Mental hospitals Bombay report 1929-33 - 1929-1933
Year: 1929
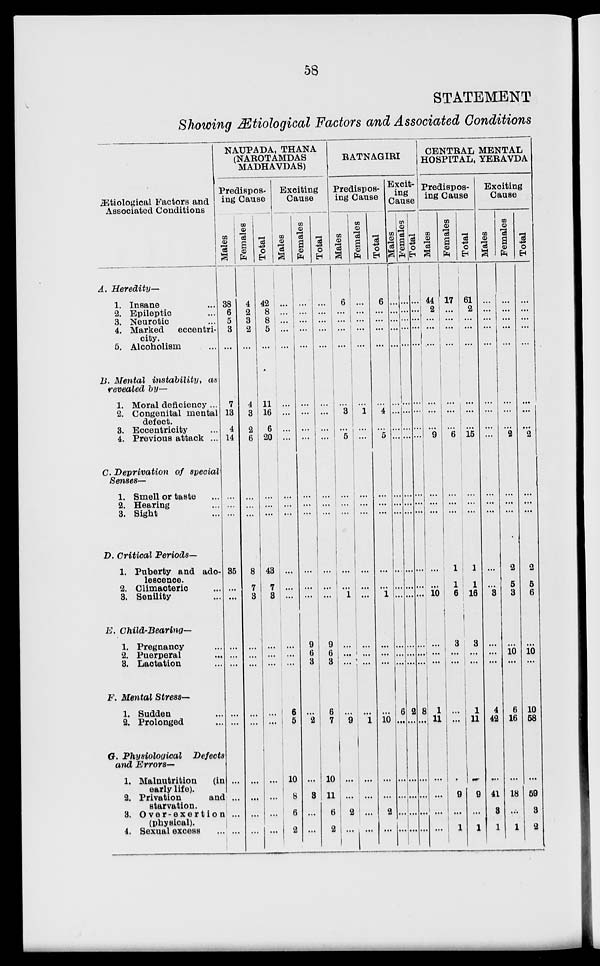
58
STATEMENT
Showing Ætiological Factors and Associated Conditions
Ætiological Factors and
Associated Conditions
A.
B.
C.
D.
E.
F.
G.
Heredity—
1. Insane ...
2. Epileptic ...
3. Neurotic ...
4. Marked
eccentri-
city.
5. Alcoholism ...
Mental instability,
as
revealed by—
1. Moral deficiency ...
2. Congenital mental
defect.
3. Eccentricity ...
4. Previous attack ...
Deprivation
of special
Senses—
1. Smell or taste ...
2. Hearing ...
3. Sight ...
Critical
Periods—
1. Puberty and ado-
lescence.
2. Climacteric ...
3. Senility ...
Child-Bearing—
1. Pregnancy ...
2. Puerperal ...
3. Lactation ...
Mental Stress—
1. Sudden ...
2. Prolonged ...
Physiological
Defects
and Errors—
1. Malnutrition
(in
early life).
2. Privation
and
starvation.
3. Over-exertion
(physical).
4. Sexual excess ...
NAUPADA, THANA
(NAROTAMDAS
MADHAVDAS)
Predispos-
ing Cause
Males
38
6
5
3
...
7
13
4
14
...
...
...
35
...
...
...
...
...
...
...
...
...
...
...
Females
4
2
3
2
...
4
3
2
6
...
...
...
8
7
3
...
...
...
...
...
...
...
...
...
Total
42
8
8
5
...
11
16
6
20
...
...
...
43
7
3
...
...
...
...
...
...
...
...
...
Exciting
Cause
Males
...
...
...
...
...
...
...
...
...
...
...
...
...
...
...
...
...
...
6
5
10
8
6
2
Females
...
...
...
...
...
...
...
...
...
...
...
...
...
...
...
9
6
3
...
2
...
3
...
...
Total
...
...
...
...
...
...
...
...
...
...
...
...
...
...
...
9
6
3
6
7
10
11
6
2
RATNAGIRI
Predispos-
ing Cause
Males
6
...
...
...
...
...
3
...
5
...
...
...
...
...
1
...
...
...
...
9
...
...
2
...
Females
...
...
...
...
...
...
1
...
...
...
...
...
...
...
...
...
...
...
...
1
...
...
...
...
Total
6
...
...
...
...
...
4
...
5
...
...
...
...
...
1
...
...
...
...
10
...
...
2
...
Excit-
ing
Cause
Males
...
...
...
...
...
...
...
...
...
...
...
...
...
...
...
...
...
...
6
...
...
...
...
...
Females
...
...
...
...
...
...
...
...
...
...
...
...
...
...
...
...
...
...
2
...
...
...
...
...
Total
...
...
...
...
...
...
...
...
...
...
...
...
...
...
...
...
...
...
8
...
...
...
...
...
CENTRAL MENTAL
HOSPITAL, YERAVDA
Predispos-
ing Cause
Males
44
2
...
...
...
...
...
...
9
...
...
...
...
...
10
...
...
...
1
11
...
...
...
...
Females
17
...
...
...
...
...
...
...
6
...
...
...
1
1
6
3
...
...
...
...
...
9
...
1
Total
61
2
...
...
...
...
...
...
15
...
...
...
1
1
16
3
...
...
1
11
...
9
...
1
Exciting
Cause
Males
...
...
...
...
...
...
...
...
...
...
...
...
...
...
3
...
...
...
4
42
...
41
3
1
Females
...
...
...
...
...
...
...
...
2
...
...
...
2
5
3
...
10
...
6
16
...
18
...
1
Total
...
...
...
...
...
...
...
...
2
...
...
...
2
5
6
...
10
...
10
58
...
59
3
2